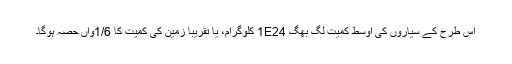
اس طرح کے سیاروں کی اوسط کمیت لگ بھگ 1E24 کلوگرام، یا تقریباً زمین کی کمیت کا 1/6واں حصہ ہوگا۔